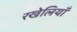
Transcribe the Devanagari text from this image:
रखेलियाँ